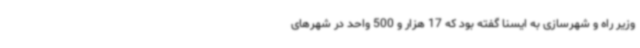
وزیر راه و شهرسازی به ایسنا گفته بود که 17 هزار و 500 واحد در شهرهای